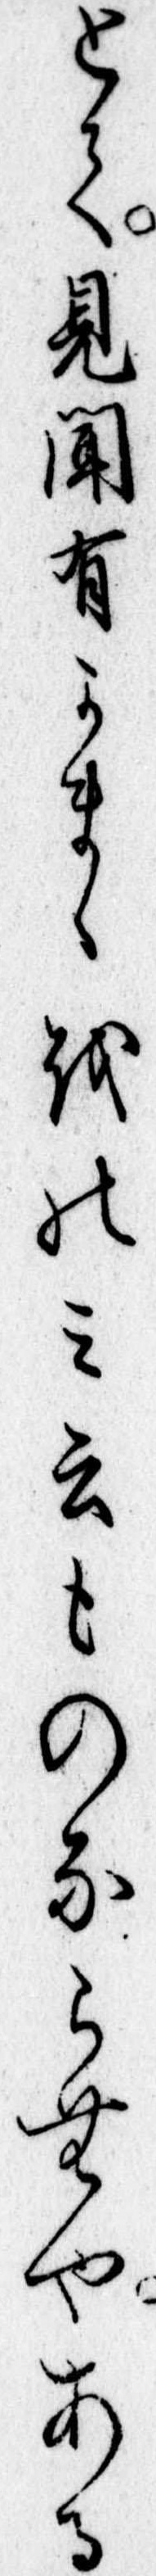
とて見聞有かまゝをのみ云ものならむやある